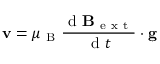
\mathbf { v } = \mu _ { \mathrm { ~ B ~ } } \frac { \mathrm { ~ d ~ } \mathbf { B } _ { \mathrm { ~ e ~ x ~ t ~ } } } { \mathrm { ~ d ~ } t } \cdot \mathbf { g }